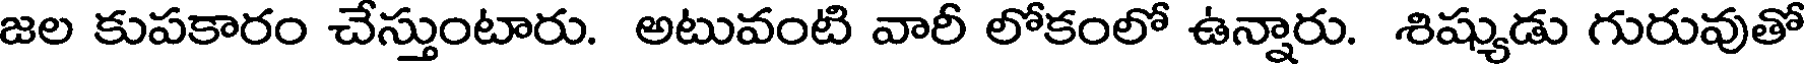
జల కుపకారం చేస్తుంటారు. అటువంటి వారీ లోకంలో ఉన్నారు. శిష్యుడు గురువుతో